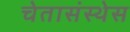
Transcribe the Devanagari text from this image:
चेतासंस्थेस